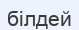
білдей